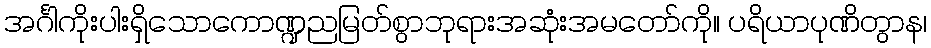
အင်္ဂါကိုးပါးရှိသောကောဏ္ဍညမြတ်စွာဘုရားအဆုံးအမတော်ကို။ ပရိယာပုဏိတွာန၊